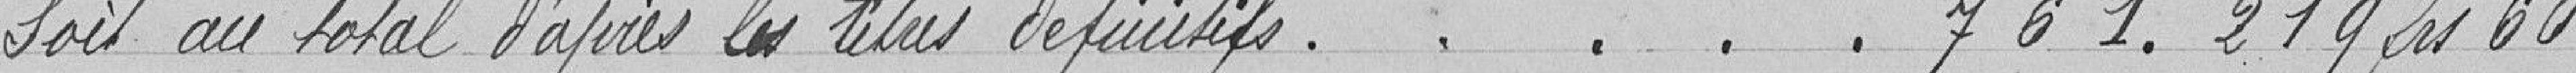
Soit au total d'après les titres définitifs ....... 761.219,60 francs